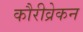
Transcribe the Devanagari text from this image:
कौरीव्रेकन